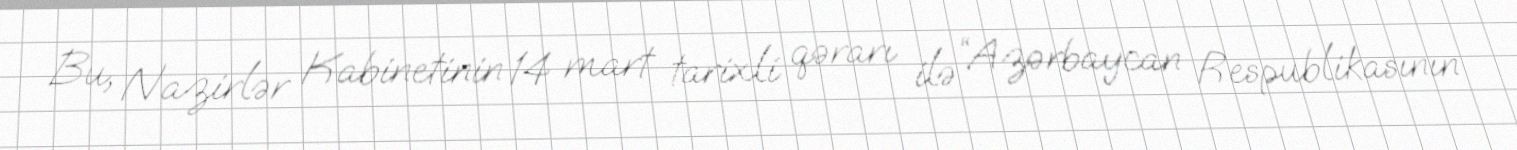
Bu, Nazirlər Kabinetinin 14 mart tarixli qərarı ilə “Azərbaycan Respublikasının